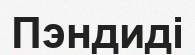
Пэндиді